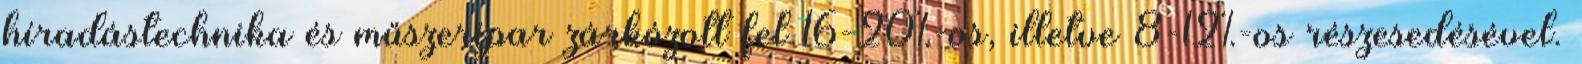
híradástechnika és műszeripar zárkózott fel 16-20%-os, illetve 8-12%-os részesedésével.